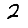
Digit: 2